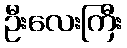
ဦးလေးကြီး